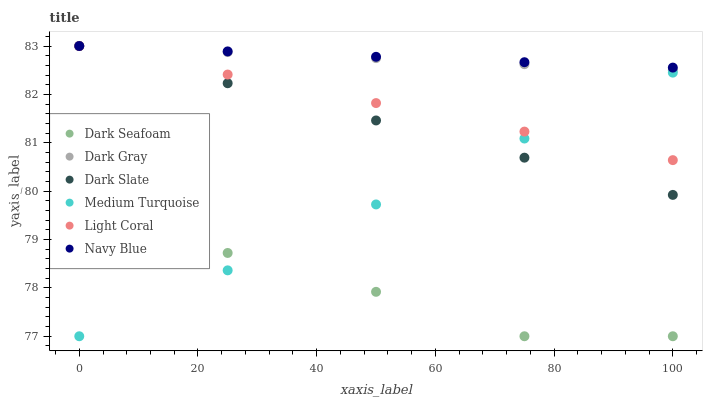
| xaxis_label | Dark Seafoam | Dark Gray | Dark Slate | Medium Turquoise | Light Coral | Navy Blue |
 | --- | --- | --- | --- | --- | --- | --- |
 | 0 | 78.6 | 83 | 83 | 77 | 83 | 83 |
 | 25 | 78.7 | 82.9 | 82.2 | 78.4 | 82.4 | 82.9 |
 | 50 | 77.9 | 82.7 | 81.5 | 79.7 | 81.8 | 82.8 |
 | 75 | 77 | 82.6 | 80.7 | 81.1 | 81.2 | 82.7 |
 | 100 | 77 | 82.5 | 79.9 | 82.4 | 80.6 | 82.6 |